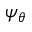
\psi _ { \theta }